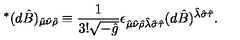
{ } ^ { * } ( d \hat { B } ) _ { \hat { \mu } \hat { \nu } \hat { \rho } } \equiv { \frac { 1 } { 3 ! { \sqrt { - { \hat { g } } } } } } \epsilon _ { \hat { \mu } \hat { \nu } \hat { \rho } \hat { \lambda } \hat { \sigma } \hat { \tau } } ( d \hat { B } ) ^ { \hat { \lambda } \hat { \sigma } \hat { \tau } } .